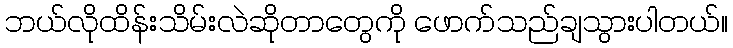
ဘယ်လိုထိန်းသိမ်းလဲဆိုတာတွေကို ဖောက်သည်ချသွားပါတယ်။